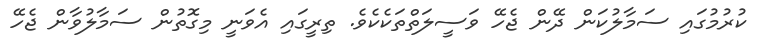
ކުރުމުގައި ސަމާލުކަން ދޭން ޖެހޭ ވަސީލަތްތަކެކެވެ. ތިރީގައި އެވަނީ މިގޮތުން ސަމާލުވާން ޖެހޭ